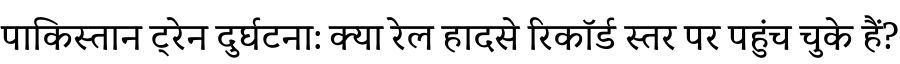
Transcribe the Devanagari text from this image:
पाकिस्तान ट्रेन दुर्घटना: क्या रेल हादसे रिकॉर्ड स्तर पर पहुंच चुके हैं?